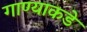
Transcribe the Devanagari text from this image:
गाण्याकडे